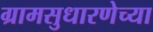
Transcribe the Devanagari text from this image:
ग्रामसुधारणेच्या